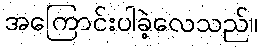
အကြောင်းပါခဲ့လေသည်။